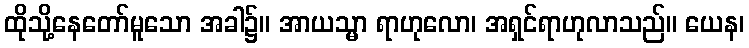
ထိုသို့နေတော်မူသော အခါ၌။ အာယသ္မာ ရာဟုလော၊ အရှင်ရာဟုလာသည်။ ယေန၊